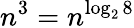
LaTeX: n^{3}=n^{\log_{2}8}